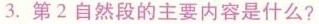
3.第2自然段的主要内容是什么?